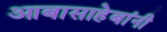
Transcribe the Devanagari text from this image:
आबासाहेबांनी